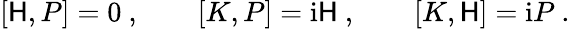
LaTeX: [\mathsf{H},P]=0\ ,\qquad[K,P]=\mathrm{{i}}\mathsf{H}\ ,\qquad[K,\mathsf{H}]=\mathrm{{i}}P\ .